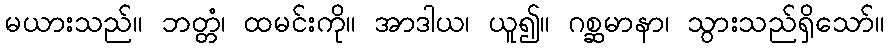
မယားသည်။ ဘတ္တံ၊ ထမင်းကို။ အာဒါယ၊ ယူ၍။ ဂစ္ဆမာနာ၊ သွားသည်ရှိသော်။